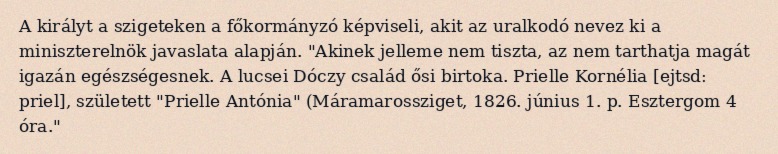
A királyt a szigeteken a főkormányzó képviseli, akit az uralkodó nevez ki a miniszterelnök javaslata alapján. "Akinek jelleme nem tiszta, az nem tarthatja magát igazán egészségesnek. A lucsei Dóczy család ősi birtoka. Prielle Kornélia [ejtsd: priel], született "Prielle Antónia" (Máramarossziget, 1826. június 1. p. Esztergom 4 óra."